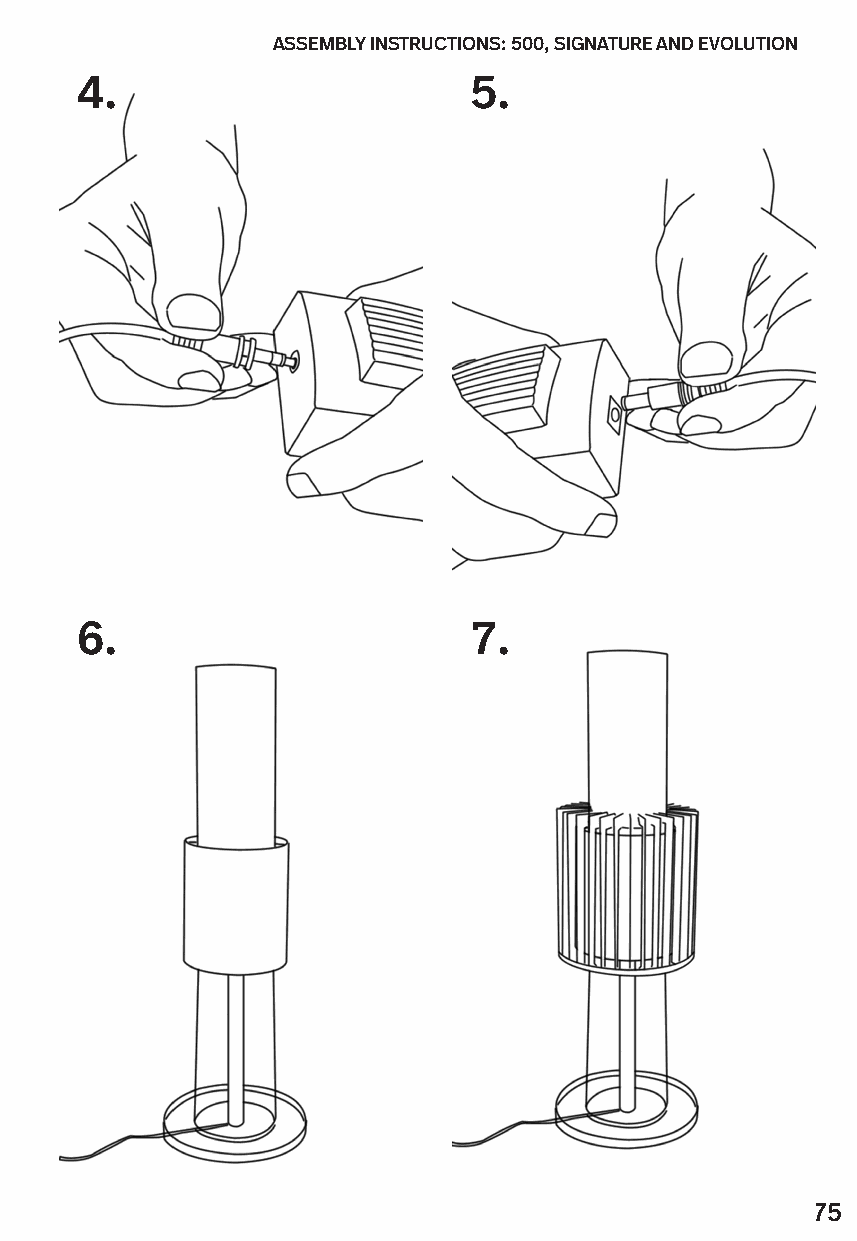
ASSEMBLY INSTRUCTIONS: 500, SIGNATURE AND EVOLUTION ASSEMBLY INSTRUCTIONS: 500, SIGNATURE AND EVOLUTION
 4.                        5.
 6.                        7.
 75